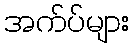
အက်ပ်များ